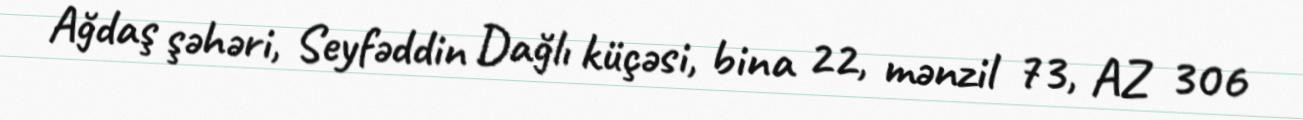
Ağdaş şəhəri, Seyfəddin Dağlı küçəsi, bina 22, mənzil 73, AZ 306